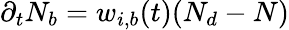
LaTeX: \partial_{t}N_{b}=w_{i,b}(t)(N_{d}-N)